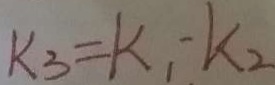
k _ { 3 } = k _ { 1 } - k _ { 2 }